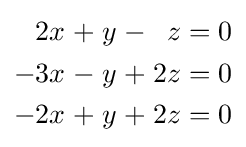
{\begin{alignedat}{7}2x&&\;+\;&&y&&\;-\;&&z&&\;=\;&&0\\-3x&&\;-\;&&y&&\;+\;&&2z&&\;=\;&&0\\-2x&&\;+\;&&y&&\;+\;&&2z&&\;=\;&&0\end{alignedat}}